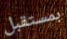
بمستقبل